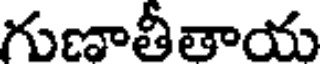
గుణాతీతాయ